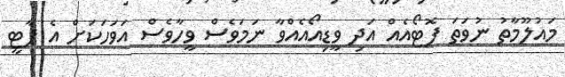
މައުލޫމާތު ނުވަތަ ފޮޓޯއެއް އަދި ވީޑިއޯއެއްވާ ނަމަވެސް ވީހާވެސް އަވަހަކަށް އެ ޕާޓީ